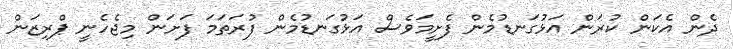
ދެން އެކަން ކުރަން އަޅުގަނޑުމެން ފެށީމަވެސް އަޅުގަނޑުމެން ފުރަތަމަ ފަށަން މިޖެހެނީ ޕްރިޒަން